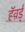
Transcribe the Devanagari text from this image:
हॅव़र्ड्